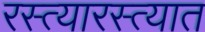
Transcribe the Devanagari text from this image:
रस्त्यारस्त्यात